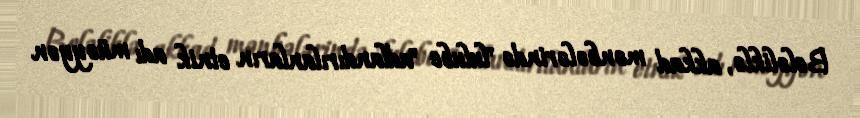
Beləliklə, akkad mənbələrində "lulube "adlandırılanların etnik adı müəyyən